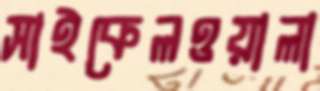
সাইকেলওয়ালা